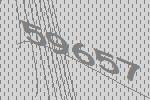
59657